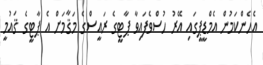
އެހެންކަމުން އެމްޑީޕީގައި އޭރު ހުސްވެފައިވާ ޕާޓީގެ ރައީސްގެ މަޤާމަށް އެ ޕާޓީގެ ޤައުމީ